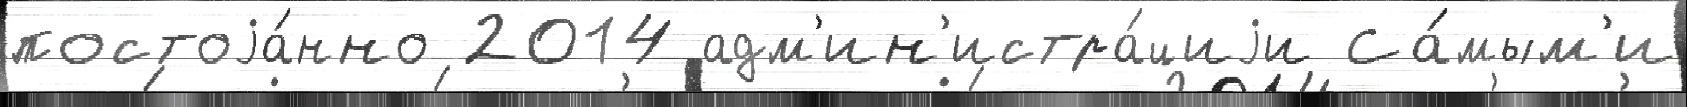
постоjа́нно 2014 адм'ин'истра́циjи Са́мым'и